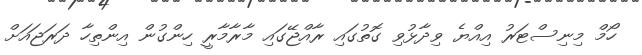
ހޯމް މިނިސްޓަރު އިއްޔެ ވިދާޅުވި ގޮތުގައި ރާއްޖޭގައި މާރާމާރީ ހިންގުން އިންތިހާ ދަރަޖައަށް